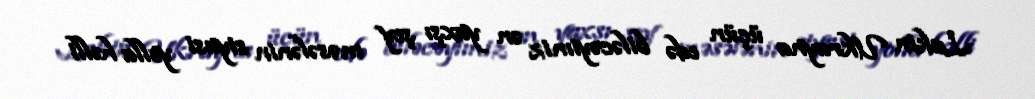
Lakin Ukrayna üçün edə biləcəyimiz ən yaxşı şey məsələnin siyasi yolla həlli